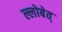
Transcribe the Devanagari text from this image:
ल्लोबेत्